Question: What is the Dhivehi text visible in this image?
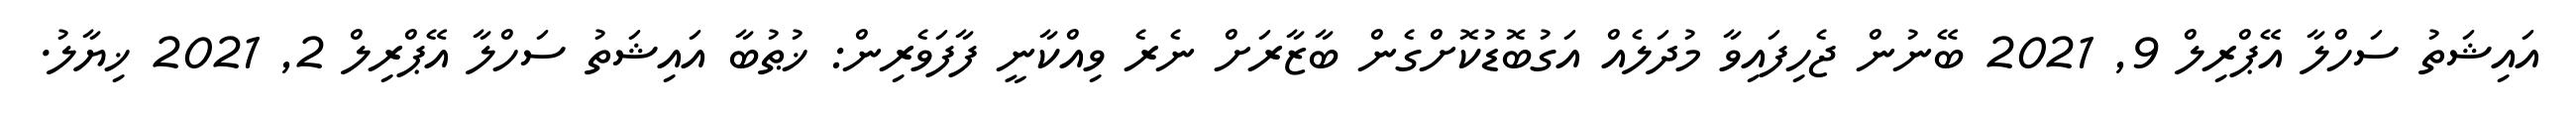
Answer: އައިޝަތު ސަހްލާ އޭޕްރިލް 9, 2021 ބޭނުން ޖެހިފައިވާ މުދަލެއް އަގުބޮޑުކޮށްގެން ބާޒާރަށް ނެރެ ވިއްކާނީ ފާފަވެރިން: ޚުޠުބާ އައިޝަތު ސަހްލާ އޭޕްރިލް 2, 2021 ޚިޔާލު.